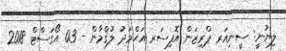
ލިޔުނީ: ސީނިއަރ ޕްރިޒަން އޮފިސަރ އަޙްމަދު ލުޤްމާން - 03 އޯގަސްޓް 2018